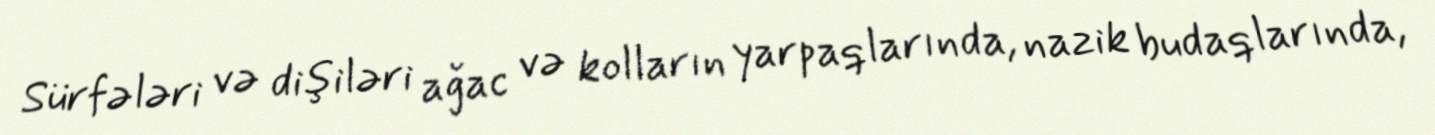
Sürfələri və dişiləri ağac və kolların yarpaqlarında, nazik budaqlarında,